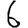
Digit: 6